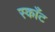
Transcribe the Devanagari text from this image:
स्काँट